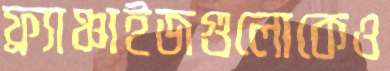
ফ্র্যাঞ্চাইজগুলোকেও